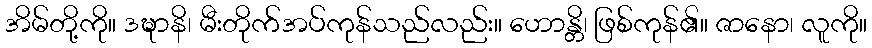
အိမ်တို့ကို။ ဒဍ္ဎာနိ၊ မီးတိုက်အပ်ကုန်သည်လည်း။ ဟောန္တိ၊ ဖြစ်ကုန်၏။ ဇာနော၊ လူကို။